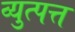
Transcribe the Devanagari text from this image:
व्युत्पत्त